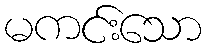
မကင်းသော